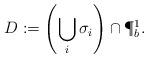
LaTeX: \begin{align*} D := \left( \bigcup_{i}\sigma_{i} \right) \cap \P^{1}_{b}.\end{align*}